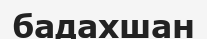
бадахшан